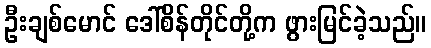
ဦးချစ်မောင် ဒေါ်စိန်တိုင်တို့က ဖွားမြင်ခဲ့သည်။